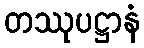
တဿုပဋ္ဌာနံ